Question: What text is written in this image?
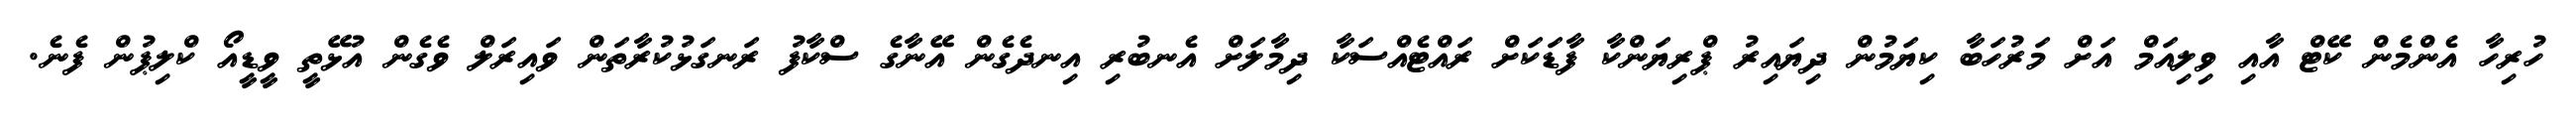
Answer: ހުރިހާ އެންމެން ކޭޓް އާއި ވިލިއަމް އަށް މަރުހަބާ ކިޔަމުން ދިޔައިރު ޕްރިޔަންކާ ފާޑަކަށް ރައްޓެއްސަކާ ދިމާލަށް އެނބުރި އިނދެގެން އޭނާގެ ސްކާފު ރަނގަޅުކުރާތަން ވައިރަލް ވެގެން އުޅޭތީ ވީޑީއޯ ކްލިޕުން ފެނެ.